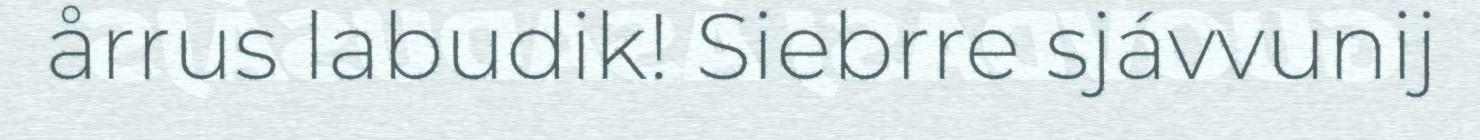
årrus labudik! Siebrre sjávvunij